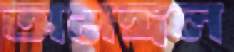
অমঙ্গল